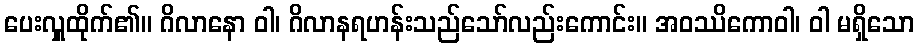
ပေးလှူထိုက်၏။ ဂိလာနော ဝါ၊ ဂိလာနရဟန်းသည်သော်လည်းကောင်း။ အဝဿိကောဝါ၊ ဝါ မရှိသော